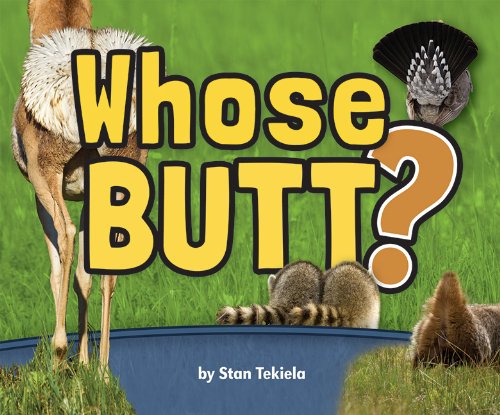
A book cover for Whose Butt?; Stan Tekiela; Children's Books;